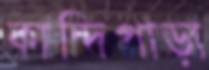
কান্দিপাড়া